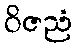
ဝိဇညံ